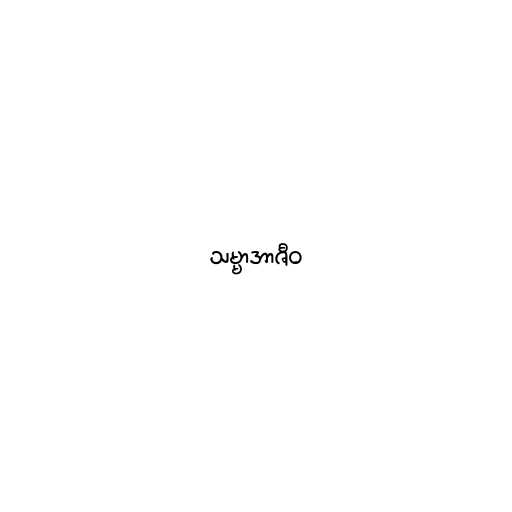
သမ္မာအာဇီဝ